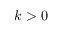
k > 0